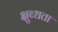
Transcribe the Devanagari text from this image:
क्षुब्धता